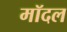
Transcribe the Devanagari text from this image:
मॉदल